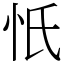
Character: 忯